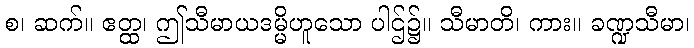
စ၊ ဆက်။ ဧတ္ထ၊ ဤသီမာယဒမ္မိဟူသော ပါဌ်၌။ သီမာတိ၊ ကား။ ခဏ္ဍသီမာ၊